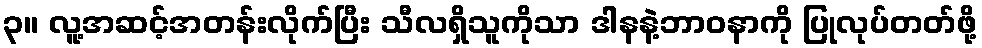
၃။ လူ့အဆင့်အတန်းလိုက်ပြီး သီလရှိသူကိုသာ ဒါနနဲ့ဘာဝနာကို ပြုလုပ်တတ်ဖို့